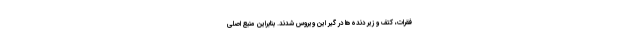
فقرات، کِتف و زیر دنده‌ها در گیر این ویروس شدند. بنابراین منبع اصلی